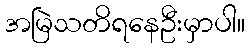
အမြဲသတိရနေဦးမှာပါ။